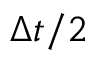
\Delta t / 2